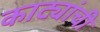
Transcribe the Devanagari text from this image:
काट्यांची